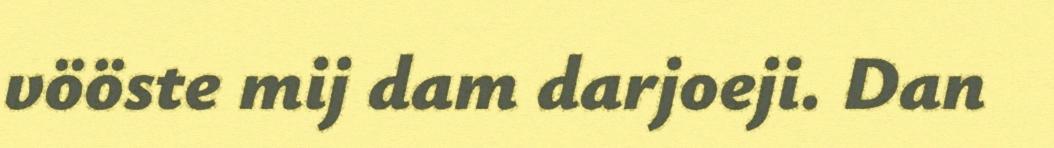
vööste mij dam darjoeji. Dan